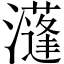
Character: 𤂧